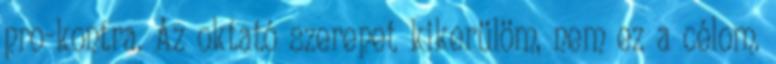
pro-kontra. Az oktató szerepet kikerülöm, nem ez a célom.